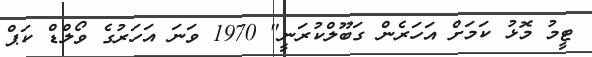
ޓީމު މޮޅު ކަމަށް އަހަރެން ގަބޫލްކުރަނީ" 1970 ވަނަ އަހަރުގެ ވޯލްޑް ކަޕް